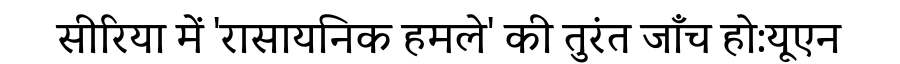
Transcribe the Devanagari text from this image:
सीरिया में 'रासायनिक हमले' की तुरंत जाँच हो:यूएन